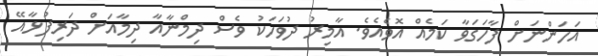
އަހަންނަށް ފާހަގަވާ ކަމެއް އޮވެއެވެ. އާމިރު ދުވަހަކު ވެސް ދިމްނާއާ ދިމާއަށް ދަރިފުޅާއޭ